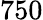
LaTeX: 750